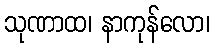
သုဏာထ၊ နာကုန်လော၊